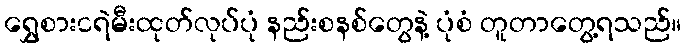
ရွှေစားငရဲမီးထုတ်လုပ်ပုံ နည်းစနစ်တွေနဲ့ ပုံစံ တူတာတွေ့ရသည်။